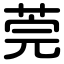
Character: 莞